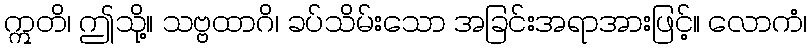
ဣတိ၊ ဤသို့။ သဗ္ဗထာဂိ၊ ခပ်သိမ်းသော အခြင်းအရာအားဖြင့်။ လောကံ၊